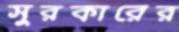
সুরকারের